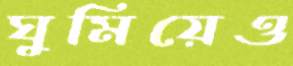
ঘুমিয়েও